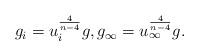
LaTeX: \begin{align*}g_{i}=u_{i}^{\frac{4}{n-4}}g,g_{\infty }=u_{\infty }^{\frac{4}{n-4}}g.\end{align*}